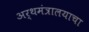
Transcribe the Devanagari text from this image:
अर्थमंत्रालयाचा